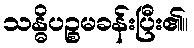
သန္ဓိပဉ္စမခန်းပြီး၏။